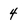
Character: 4